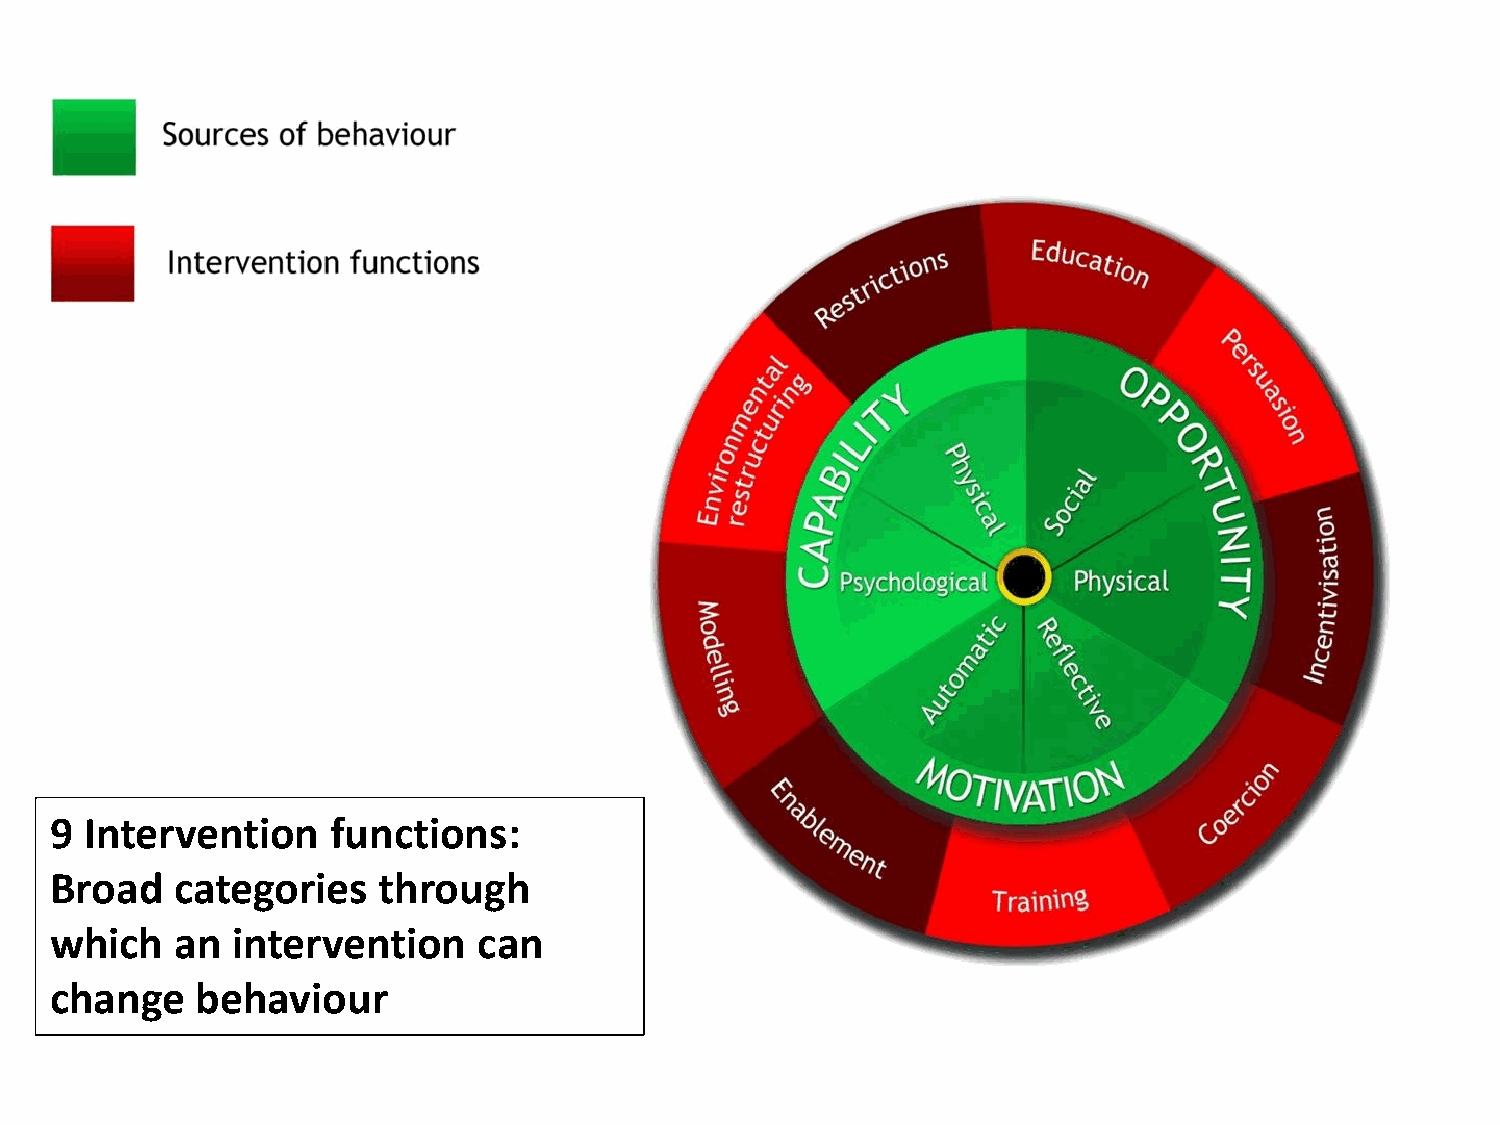
9  Intervention    functions:
 Broad    categories   through
 which    an intervention     can
 change    behaviour